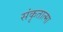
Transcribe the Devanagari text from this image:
संकृतात्मा